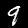
Digit: 9